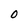
Character: O